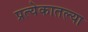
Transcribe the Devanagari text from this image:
प्रत्येकातल्या